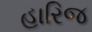
હારિજ